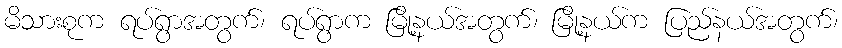
မိသားစုက ရပ်ရွာအတွက်၊ ရပ်ရွာက မြို့နယ်အတွက်၊ မြို့နယ်က ပြည်နယ်အတွက်၊